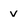
Character: V